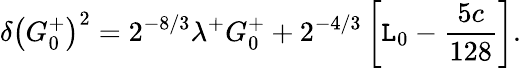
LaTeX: \delta\left(G_{0}^{+}\right)^{2}=2^{-8/3}\lambda^{+}G_{0}^{+}+2^{-4/3}\left[\mathtt{L}_{0}-{\frac{{5c}}{{128}}}\right].